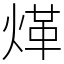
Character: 煂